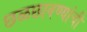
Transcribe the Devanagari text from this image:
छळछावण्यांची